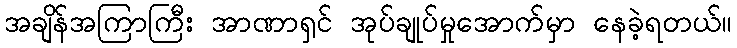
အချိန်အကြာကြီး အာဏာရှင် အုပ်ချုပ်မှုအောက်မှာ နေခဲ့ရတယ်။